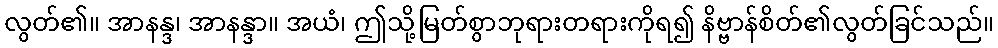
လွတ်၏။ အာနန္ဒ၊ အာနန္ဒာ။ အယံ၊ ဤသို့မြတ်စွာဘုရားတရားကိုရ၍ နိဗ္ဗာန်စိတ်၏လွတ်ခြင်သည်။